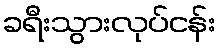
ခရီးသွားလုပ်ငန်း